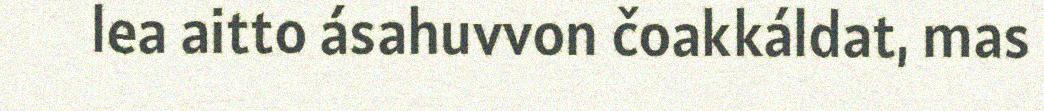
lea aitto ásahuvvon čoakkáldat, mas